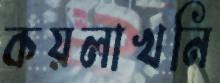
কয়লাখনি